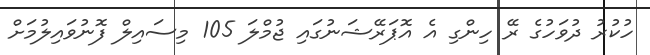
ހުކުރު ދުވަހުގެ ރޭ ހިންގި އެ އޮޕަރޭޝަނުގައި ޖުމްލަ 105 މިސައިލް ފޮނުވައިލުމަށް